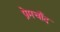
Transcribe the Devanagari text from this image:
प्रेमचाँद